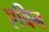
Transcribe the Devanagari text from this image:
एविन